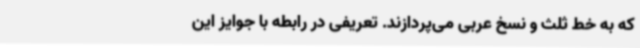
که به خط ثلث و نسخ عربی می‌پردازند. تعریفی در رابطه با جوایز این